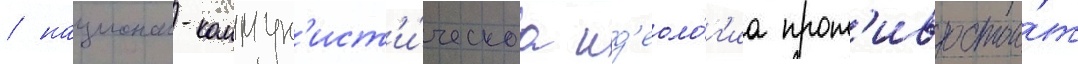
/ национал-коммун'ист'и́ческаа ид'еоло́г'иа прот'ивостои́т